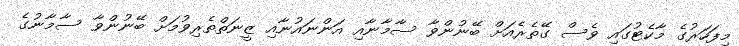
މިފަހަރުގެ މާކެޓުގައި ވެސް ގޭތެރެއަށް ބޭނުންވާ ސާމާނާއި އަންނައުނާއި ޒީނަތްތެރިވުމަށް ބޭނުންވާ ސާމާނުގެ